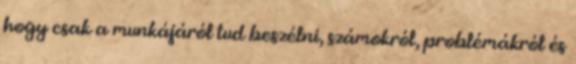
hogy csak a munkájáról tud beszélni, számokról, problémákról és